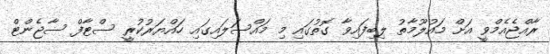
ރާއްޖެއެމްވީ އަށް މައުލޫމާތު ލިބިފައިވާ ގޮތުގައި މި މައްސަލައިގައި ހައްޔަރުކުރީ ސްޓާފް ސާޖެންޓް